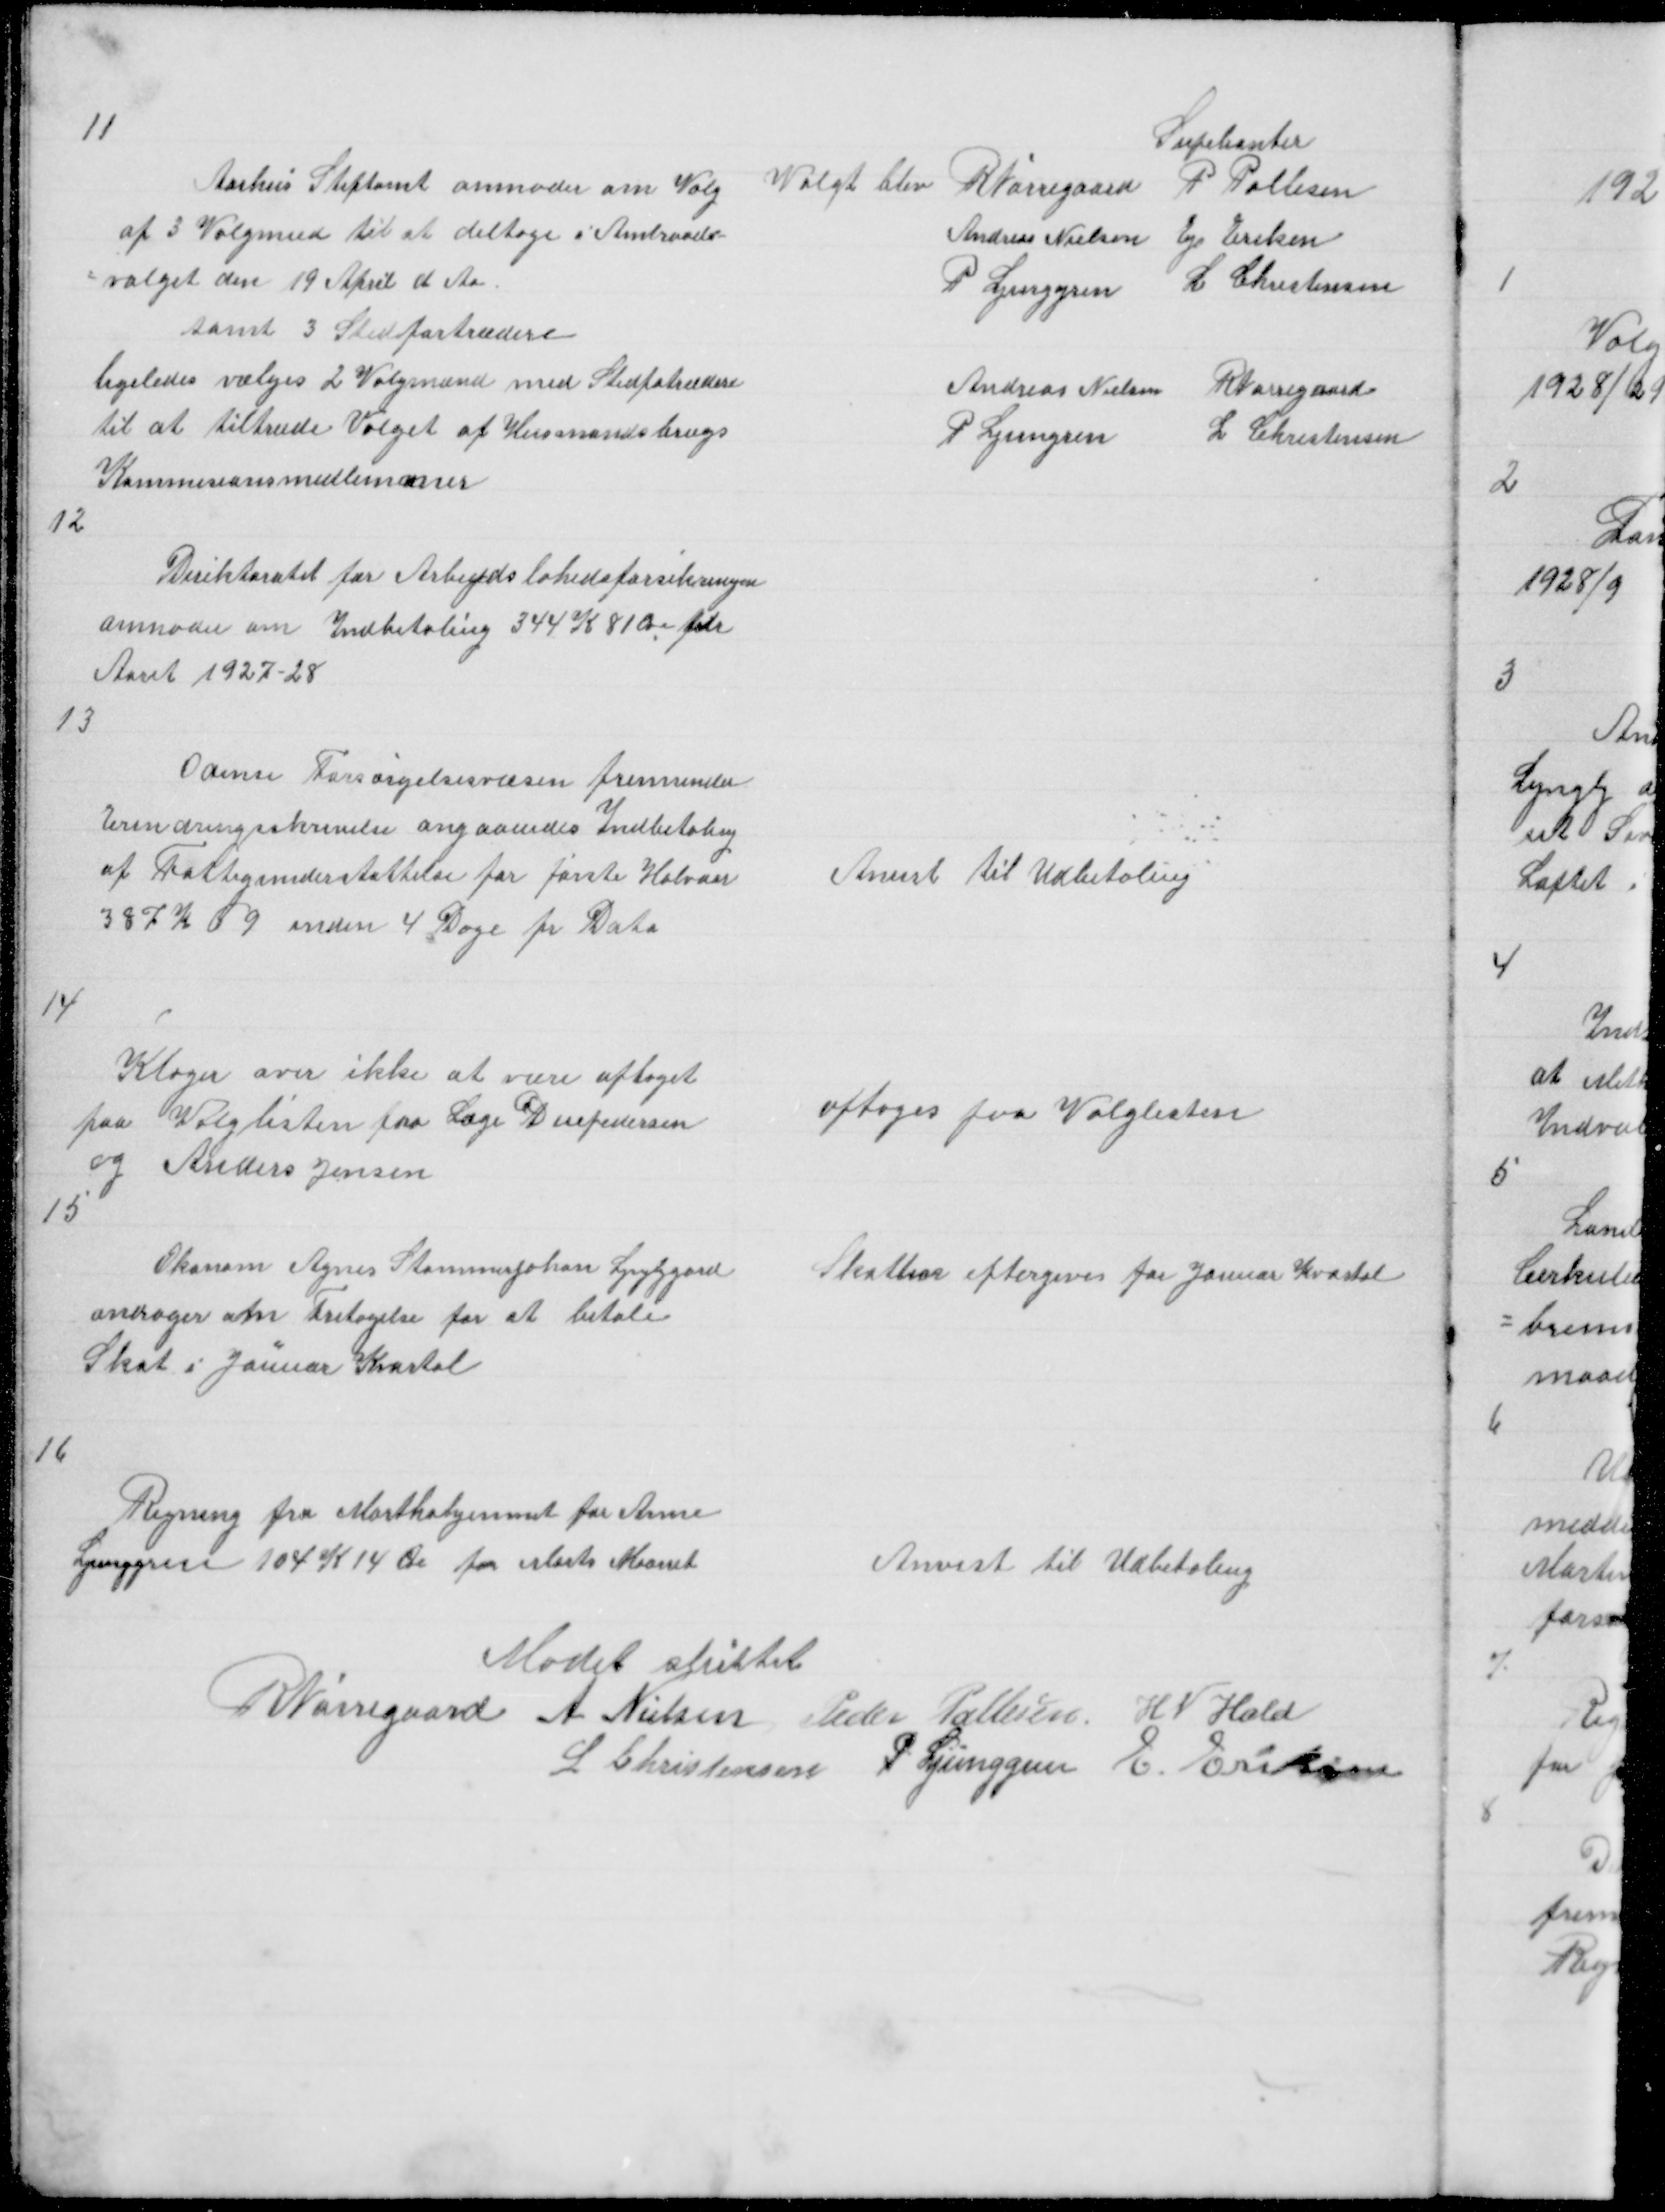
Transskription:
11

Aarhus Stiftamt anmoder om Valg
af 3 Valgmæd til at deltage i Amtsraads =
= valget den 19 April d Aa.
samt 3 Stedfortrædere
ligeledes vælges 2 Valgmaænd med Stedfortrædere
til at tiltræde Valget af Husmandsbrugs
Kommisionsmedlemmer

Supleanter
Valgt blev R Nørregaard P Pallesen
Andreas Nielsen Ej Eriksen
P Ljunggren L Christensen
Andreas Nielsen R Nørregaard
P Ljungren L Christensen

12

Direktoratet for Arbejdsløshedsforsikringen
anmoder om Indbetaling 344 K 81 Øre for
Aaret 1927 - 28

13

Odense Forsørgelsesvæsen fremsender
Erindringsskrivelse angaaendes Indbetaling
af Fattigunderstøttelse for første Halvaar
387 K 69 inden 4 Dage fr Dato

Anvist til Udbetaling

14

Klager over ikke at være optaget
paa Valglisten fra Læge Duepedersen
og Anders Jensen
15

optoges paa Valglisten

Økonom Agnes Stammerjohan Lyngbygard
andrager om Fritagelse for at betale
Skat i Januar Kvartal

Skatten eftergives for Januar Kvartal

16

Regning fra Marthahjemmet for Anne
Ljunggren 104 K 14 Øre for Marts Maanet

Anvist til udbetaling

Mødet sluttet
R Nørregaard A Nielsen Peder Pallesen H N Hald
L Christensen P Ljunggren E Eriksen